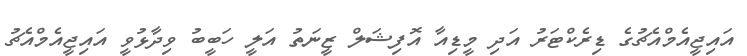
އައިޖީއެމްއެޗުގެ ޑިރެކްޓަރު އަދި މީޑިއާ އޮފިޝަލް ޒީނަތު އަލީ ހަބީބު ވިދާޅުވީ އައިޖީއެމްއެޗު